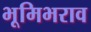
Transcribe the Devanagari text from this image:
भूमिभराव